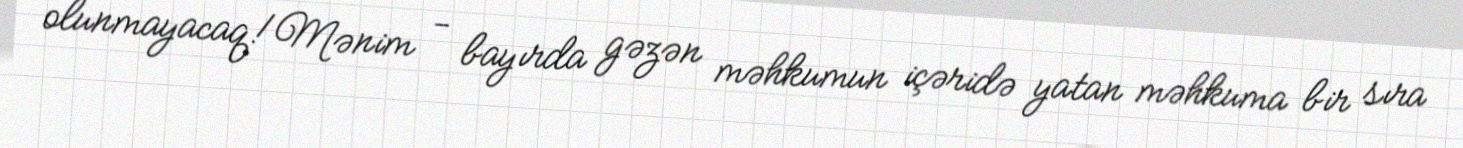
olunmayacaq!Mənim - bayırda gəzən məhkumun içəridə yatan məhkuma bir sıra